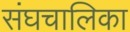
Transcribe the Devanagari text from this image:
संघचालिका